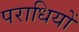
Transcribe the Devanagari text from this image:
पराधियों